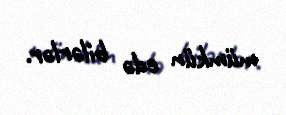
mümkün edə bilərlər.